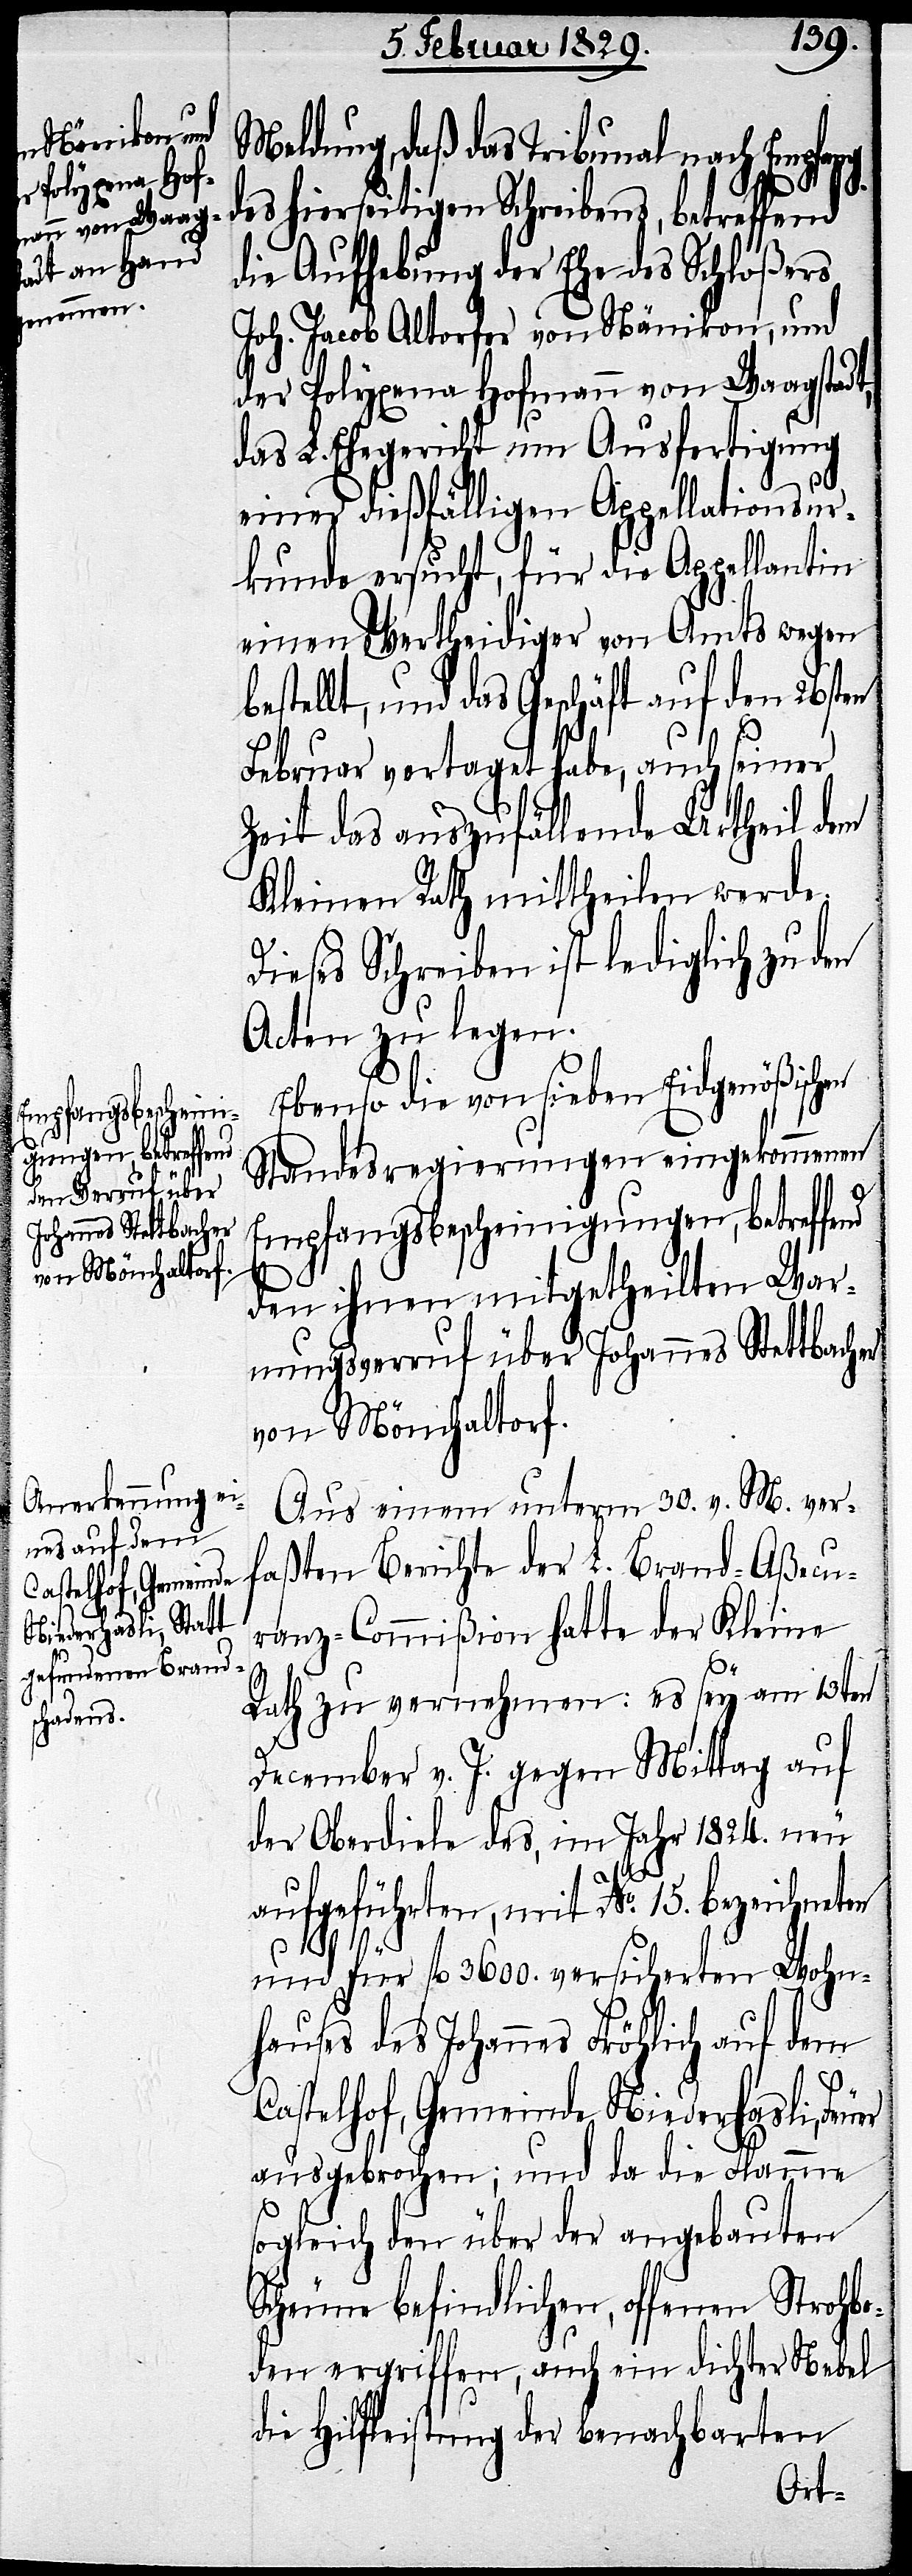
Meldung, daß das Tribunal nach Empfang
des hierseitigen Schreibens, betreffend
die Aufhebung der Ehe des Schloßers
Joh. Jacob Altorfer von Nänikon, und
der Polyxena Hofmann von Waagstadt,
das L. Ehegericht um Ausfertigung
einer dießfälligen Appellationsur¬
kunde ersucht, für die Appellantin
einen Vertheidiger von Amts wegen
bestellt, und das Geschäft auf den 26sten
fa¬
Februar vertaget habe, auch seiner
Zeit das auszufällende Urtheil dem
Kleinen Rath mittheilen werde.
Diese Schreiben ist lediglich zu den
Acten zu legen.
Ebenso die von sieben Eidgenößischen
Standesregierungen eingekommenen
Empfangsbescheinigungen, betreffend
den ihnen mitgetheilten War¬
nungsverruf über Johannes Stettbacher
von Mönchaltorf.
Aus einem unterm 30. v. M. ver¬
ßten Berichte der L. Brand-Aßecu¬
ranz-Commißion hatte der Kleine
Rath zu vernehmen: es sey am 13ten
December v. J. gegen Mittag auf
der Oberdiele des, im Jahr 1824. neu
aufgeführten, mit No. 15. bezeichneten
und für fl. 3600. versicherten Wohn¬
hauses des Johannes Fröhlich auf dem
Castelhof, Gemeinde Niederhasli, Feuer
ausgebrochen; und da die Flamme
sogleich den über der angebauten
Scheune befindlichen, offenen Strohbo¬
den ergriffen, auch ein dichter Nebel
die Hilfeleistung der benachbarten